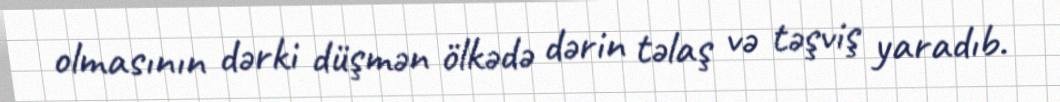
olmasının dərki düşmən ölkədə dərin təlaş və təşviş yaradıb.